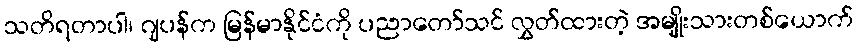
သတိရတာပါ၊ ဂျပန်က မြန်မာနိုင်ငံကို ပညာတော်သင် လွှတ်ထားတဲ့ အမျိုးသားတစ်ယောက်